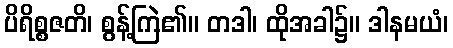
ပိရိစ္စဇတိ၊ စွန့်ကြဲ၏။ တဒါ၊ ထိုအခါ၌။ ဒါနမယံ၊